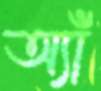
অ্যাঁ